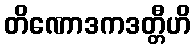
တိဏောဒကဒတ္တီဟိ